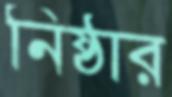
নিষ্ঠার